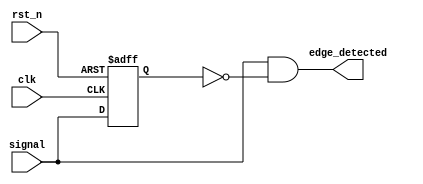
`default_nettype none

module edge_detector
	#(parameter edge_type = 0)
	(input wire clk,
	input wire rst_n,
	input wire signal,
	output reg edge_detected);

	reg signal_z1;

	always @(posedge clk, negedge rst_n) begin
		if(rst_n == 0) begin
			signal_z1 <= 0;
		end else begin
		   	signal_z1 <= signal;
		end
	end 

	// Detects risign edge
	always @* begin
		if(edge_type == 0) begin 
			edge_detected = signal & ~signal_z1;
		// Detects falling edge
		end else begin
			edge_detected = ~signal & signal_z1;
		end 
	end
endmodule